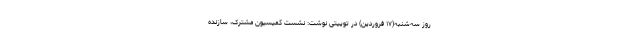
روز سه‌شنبه(۱۷ فروردین) در توییتی نوشت: نشست کمیسیون مشترک، سازنده